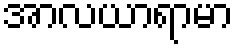
အာလယာရာမာ